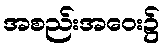
အစည်းအဝေး၌